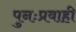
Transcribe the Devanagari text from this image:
पुनःप्रवाही